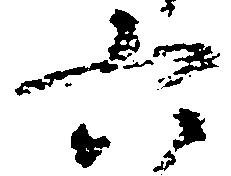
六